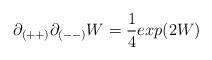
LaTeX: \begin{align*}\partial_{(++)}\partial_{(--)} W = {1 \over 4} exp(2W)\end{align*}